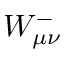
W _ { \mu \nu } ^ { - }